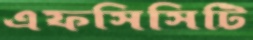
এফসিসিটি